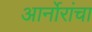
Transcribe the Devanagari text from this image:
आर्नोरांचा